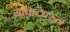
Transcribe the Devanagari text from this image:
यावाटेवरून